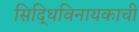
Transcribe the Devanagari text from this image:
सिद्धिविनायकाची